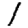
Digit: 1